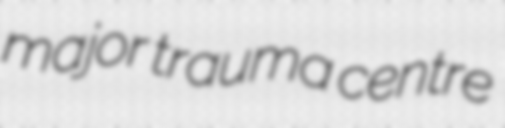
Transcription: major trauma centre